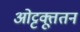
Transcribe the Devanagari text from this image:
ओट्टक्तूतन